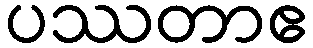
ပဿတာဧ